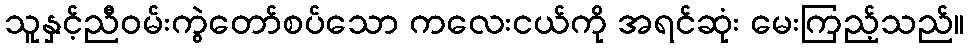
သူနှင့်ညီဝမ်းကွဲတော်စပ်သော ကလေးငယ်ကို အရင်ဆုံး မေးကြည့်သည်။